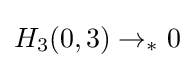
H_{3}(0,3)\rightarrow _{*}0